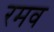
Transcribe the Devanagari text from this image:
रमव